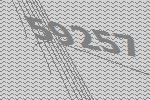
59257